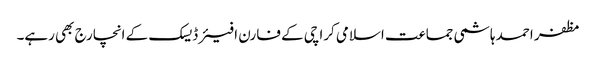
مظفر احمد ہاشمی جماعت اسلامی کراچی کے فارن افیئر ڈیسک کے انچارج بھی رہے۔